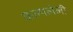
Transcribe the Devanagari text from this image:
कल्पलेली